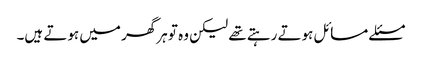
مسئلے مسائل ہوتے رہتے تھے لیکن وہ تو ہرگھر میں ہوتے ہیں۔